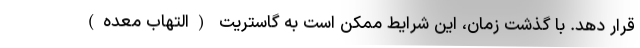
قرار دهد. با گذشت زمان، این شرایط ممکن است به گاستریت (التهاب معده)